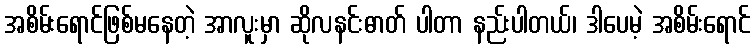
အစိမ်းရောင်ဖြစ်မနေတဲ့ အာလူးမှာ ဆိုလနင်းဓာတ် ပါတာ နည်းပါတယ်၊ ဒါပေမဲ့ အစိမ်းရောင်